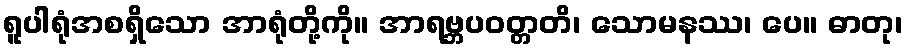
ရူပါရုံအစရှိသော အာရုံတို့ကို။ အာရဗ္ဘပဝတ္တတိ၊ သောမနဿ၊ ပေ။ ဓာတု၊